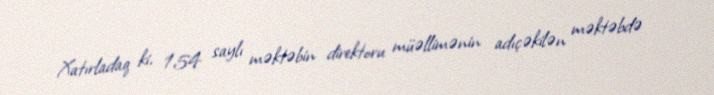
Xatırladaq ki, 154 saylı məktəbin direktoru müəllimənin adıçəkilən məktəbdə